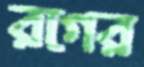
রগের